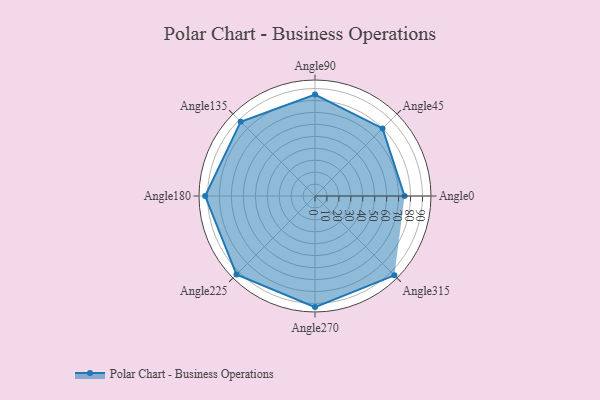
{"axis": {"x": "Angle", "y": "Radius"}, "legend": [""], "data": [{"x": "Angle0", "y": 75.0, "type": ""}, {"x": "Angle45", "y": 80.0, "type": ""}, {"x": "Angle90", "y": 85.0, "type": ""}, {"x": "Angle135", "y": 88.0, "type": ""}, {"x": "Angle180", "y": 92.0, "type": ""}, {"x": "Angle225", "y": 93.0, "type": ""}, {"x": "Angle270", "y": 93.0, "type": ""}, {"x": "Angle315", "y": 94.0, "type": ""}]}